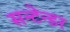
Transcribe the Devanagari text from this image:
सन्टेन्डर